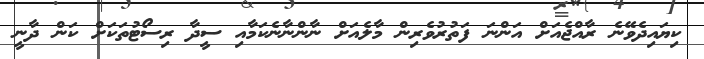
ކިޔައިދެވޭނެ ރާއްޖެއަށް އަންނަ ފަތުރުވެރިން މާލެއަށް ނާންނާނެކަމާއި ސީދާ ރިސޯޓުތަކަށް ކަން ދާނީ